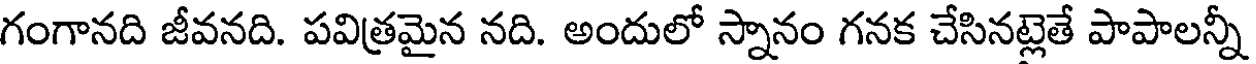
గంగానది జీవనది. పవిత్రమైన నది. అందులో స్నానం గనక చేసినట్లెతే పాపాలన్నీ